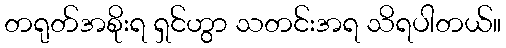
တရုတ်အစိုးရ ရှင်ဟွာ သတင်းအရ သိရပါတယ်။